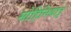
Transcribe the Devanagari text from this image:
मोहिनियाट्टं